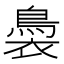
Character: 䙚